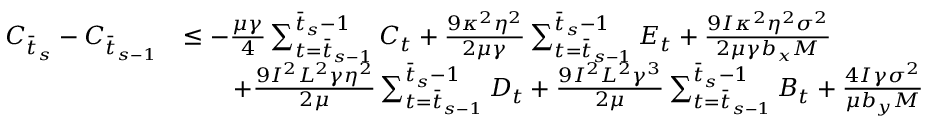
\begin{array} { r l } { C _ { \bar { t } _ { s } } - C _ { \bar { t } _ { s - 1 } } } & { \leq - \frac { \mu \gamma } { 4 } \sum _ { t = \bar { t } _ { s - 1 } } ^ { \bar { t } _ { s } - 1 } C _ { t } + \frac { 9 \kappa ^ { 2 } \eta ^ { 2 } } { 2 \mu \gamma } \sum _ { t = \bar { t } _ { s - 1 } } ^ { \bar { t } _ { s } - 1 } E _ { t } + \frac { 9 I \kappa ^ { 2 } \eta ^ { 2 } \sigma ^ { 2 } } { 2 \mu \gamma b _ { x } M } } \\ & { \qquad + \frac { 9 I ^ { 2 } L ^ { 2 } \gamma \eta ^ { 2 } } { 2 \mu } \sum _ { t = \bar { t } _ { s - 1 } } ^ { \bar { t } _ { s } - 1 } D _ { t } + \frac { 9 I ^ { 2 } L ^ { 2 } \gamma ^ { 3 } } { 2 \mu } \sum _ { t = \bar { t } _ { s - 1 } } ^ { \bar { t } _ { s } - 1 } B _ { t } + \frac { 4 I \gamma \sigma ^ { 2 } } { \mu b _ { y } M } } \end{array}